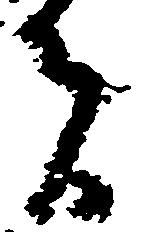
者